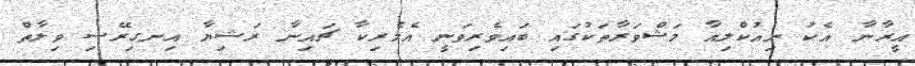
އީރާނާ އެކު ނިއުކްލިއާ މަޝްވަރާތަކުގައި ބައިވެރިވަނީ އެމެރިކާ ޗައިނާ ރަޝިޔާ އިނގިރޭސި ވިލާތް